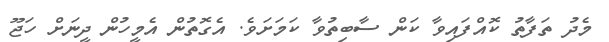
މެދު ތަފާތު ކޮއްފައިވާ ކަން ސާބިތުވާ ކަމަށަވެ. އެގޮތުން އެމީހުން ދީނަށް ހަޖޫ